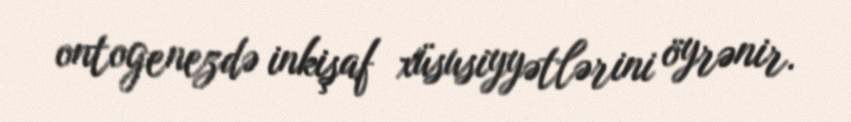
ontogenezdə inkişaf xüsusiyyətlərini öyrənir.